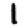
Digit: 1